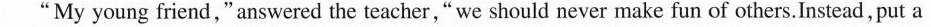
“My young friend，" answered the teacher,“we should never make fun of others.Instead, put a